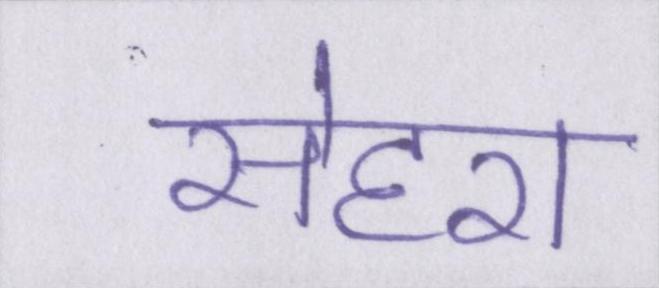
सेहरा